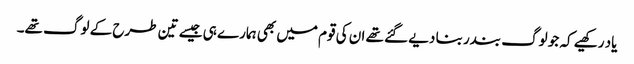
یاد رکھیے کہ جو لوگ بندر بنا دیے گئے تھے ان کی قوم میں بھی ہمارے ہی جیسے تین طرح کے لوگ تھے۔